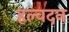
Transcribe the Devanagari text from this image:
हल्वदन